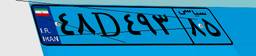
۴۸D۴۹۳۸۵